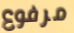
مرفوع